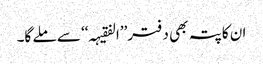
ان کا پتہ بھی دفتر’’ا لفقیہہ‘‘ سے ملے گا۔